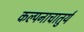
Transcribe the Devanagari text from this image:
कल्पनाचातुर्य